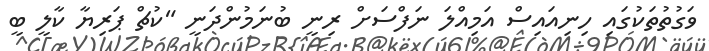
ވަގުތުތަކުގައި ހިނިއައިސް އަމިއްލަ ނަފްސަށް ރިނީ ބުނަމުންދަނީ "ކުޗް ޕަރިޔާ ކާލީ ބީ